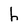
Character: h